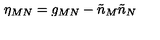
\eta _ { M N } = g _ { M N } - \tilde { n } _ { M } \tilde { n } _ { N }